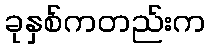
ခုနှစ်ကတည်းက